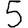
Digit: 5